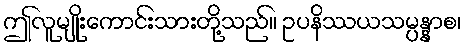
ဤလူမျိုးကောင်းသားတို့သည်။ ဥပနိဿယသမ္ပန္နာစ၊